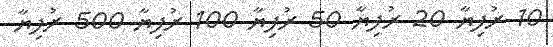
10 ރުފިޔާ 20 ރުފިޔާ 50 ރުފިޔާ 100 ރުފިޔާ 500 ރުފިޔާ